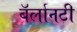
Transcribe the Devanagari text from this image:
बॅर्लानटी